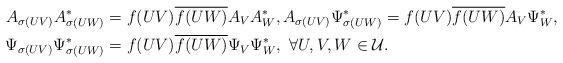
LaTeX: \begin{align*}A_{\sigma(UV)}A_{\sigma(UW)}^*&=f(UV)\overline{f(UW)} A_VA_W^* ,A_{\sigma(UV)}\Psi_{\sigma(UW)}^*=f(UV)\overline{f(UW)} A_V\Psi_W^*,\\ \Psi_{\sigma(UV)}\Psi_{\sigma(UW)}^*&=f(UV)\overline{f(UW)} \Psi_V\Psi_W^*,~ \forall U,V,W \in \mathcal{U}.\end{align*}